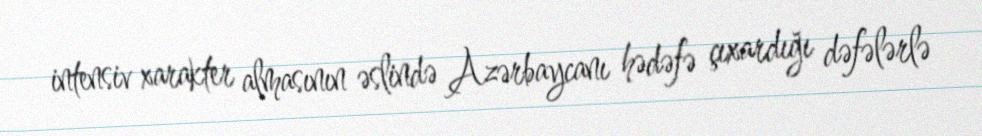
intensiv xarakter almasının əslində Azərbaycanı hədəfə çıxardığı dəfələrlə